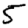
Digit: 5